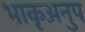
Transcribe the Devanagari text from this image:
भाकृअनुप